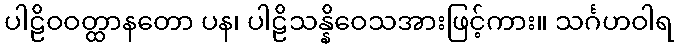
ပါဠိဝဝတ္ထာနတော ပန၊ ပါဠိသန္နိဝေသအားဖြင့်ကား။ သင်္ဂဟဝါရ